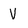
Character: V